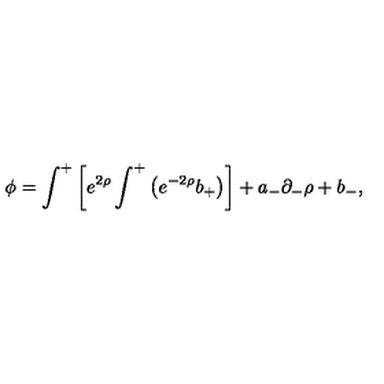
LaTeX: \phi = \int ^ { + } \left[ e ^ { 2 \rho } \int ^ { + } \left( e ^ { - 2 \rho } b _ { + } \right) \right] + a _ { - } \partial _ { - } \rho + b _ { - } ,